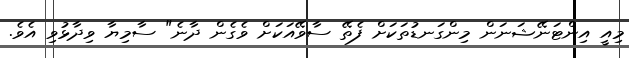
މިއީ އިންޓަނޭޝަނަން މިންގަނޑުތަކަށް ފެތޭ ސާވޭއަކަށް ވެގެން ދާނެ" ސާމިޔާ ވިދާޅުވި އެވެ.